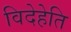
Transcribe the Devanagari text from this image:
विदेहेति